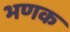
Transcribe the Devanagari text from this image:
भणक